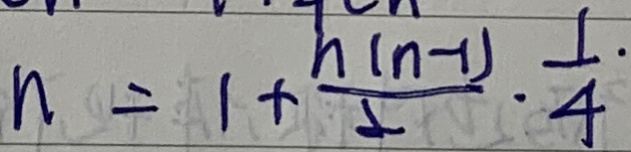
n = 1 + \frac { n ( n - 1 ) } { 2 } \cdot \frac { 1 } { 4 } .